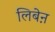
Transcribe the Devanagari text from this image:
लिबेऩ